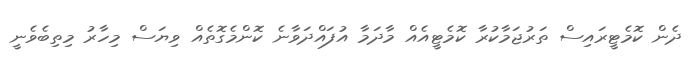
ދެން ކޮމެޓީރައިސް ތަރުޖަމާކުރާ ކޮމެޓީއެއް މާދަމާ އުފައްދަވާނެ ކޮންމެގޮތެއް ވިޔަސް މިހާރު މިތިބެވެނީ